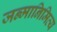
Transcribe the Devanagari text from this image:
जन्मानिमित्य